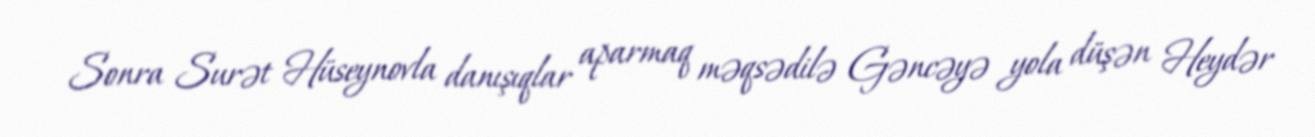
Sonra Surət Hüseynovla danışıqlar aparmaq məqsədilə Gəncəyə yola düşən Heydər